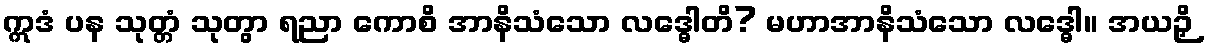
ဣဒံ ပန သုတ္တံ သုတွာ ရညာ ကောစိ အာနိသံသော လဒ္ဓေါတိ? မဟာအာနိသံသော လဒ္ဓေါ။ အယဉှိ